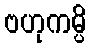
ဗဟုကမ္ပိ